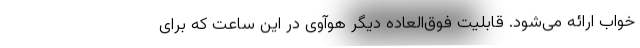
خواب ارائه می‌شود. قابلیت فوق‌العاده دیگر هوآوی در این ساعت که برای